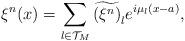
LaTeX: \begin{align*} \xi^{n}(x) = \sum_{l \in \mathcal{T}_M} \widetilde{(\xi^n)}_l e^{i\mu_l(x-a)},\end{align*}